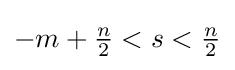
-m+{\tfrac {n}{2}}<s<{\tfrac {n}{2}}